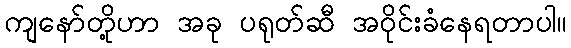
ကျနော်တို့ဟာ အခု ပရုတ်ဆီ အဝိုင်းခံနေရတာပါ။